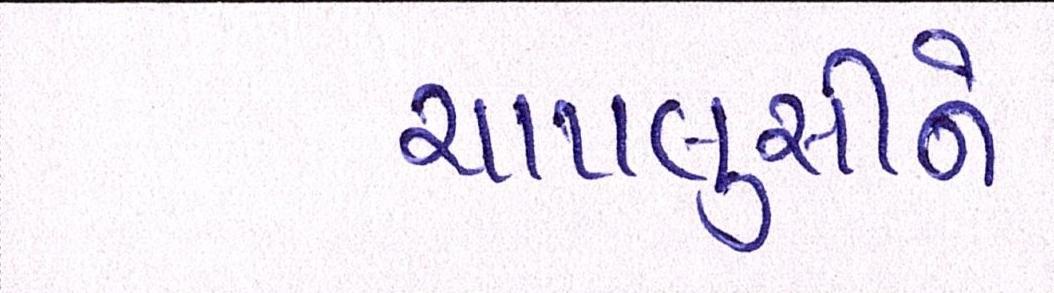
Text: ચાપલુસીને